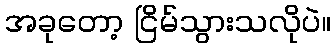
အခုတော့ ငြိမ်သွားသလိုပဲ။